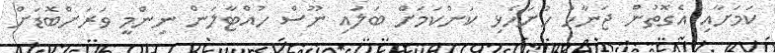
ކަމަށާއި އެގޮތުން ޖަނާހު ހުށަހެޅި ކަންކަމަށް ބަލައި ނޫސް ހުއްޓާލަން ނިންމީ ވަރަށްބޮޑަށް